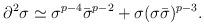
LaTeX: \begin{align*}\partial^2\sigma \simeq \sigma^{p-4} \bar{\sigma}^{p-2}+ \sigma(\sigma \bar{\sigma})^{p-3}. \end{align*}